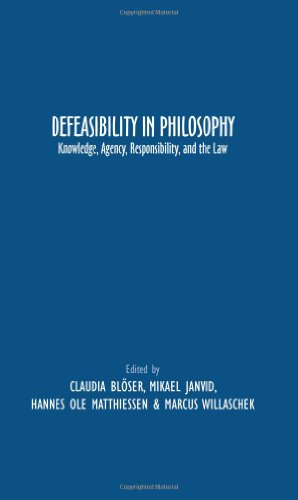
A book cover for Defeasibility in Philosophy: Knowledge, Agency, Responsibility, and the Law (Grazer Philosophische Studien); Politics & Social Sciences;